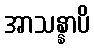
အာသန္နာပိ